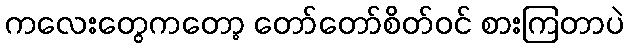
ကလေးတွေကတော့ တော်တော်စိတ်ဝင် စားကြတာပဲ